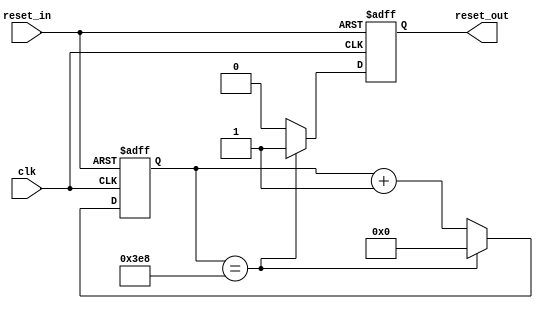
module watchdog_timer (
    input wire clk,
    input wire reset_in,
    output reg reset_out
);

parameter TIMEOUT = 1000; // Timeout period in clock cycles

reg [11:0] counter; // 12-bit counter for timeout

always @(posedge clk or posedge reset_in) begin
    if (reset_in) begin
        counter <= 0;
        reset_out <= 0;
    end else begin
        counter <= counter + 1;
        if (counter == TIMEOUT) begin
            reset_out <= 1; // Trigger reset signal
            counter <= 0; // Reset counter
        end else begin
            reset_out <= 0;
        end
    end
end

endmodule